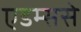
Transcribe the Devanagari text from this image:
एडम्ससे